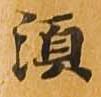
須